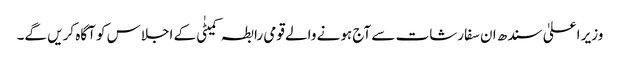
وزیر اعلیٰ سندھ ان سفارشات سے آج ہونے والے قومی رابطہ کمیٹٰی کے اجلاس کو آگاہ کریں گے۔